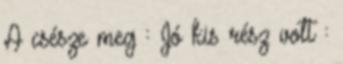
A csésze meg : Jó kis rész volt :